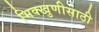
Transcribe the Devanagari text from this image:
भिक्खुणीसाठी